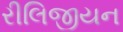
રીલિજીયન